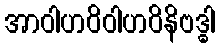
အာဝါဟဝိဝါဟဝိနိဗဒ္ဓါ